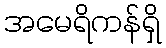
အမေရိကန်ရှိ